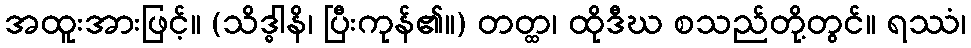
အထူးအားဖြင့်။ (သိဒ္ဓါနိ၊ ပြီးကုန်၏။) တတ္ထ၊ ထိုဒီဃ စသည်တို့တွင်။ ရဿံ၊